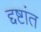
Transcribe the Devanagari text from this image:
द्दष्टांत